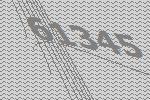
61345